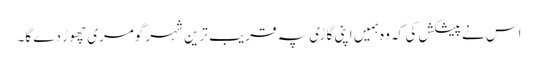
اس نے پیشکش کی کہ وہ ہمیں اپنی گاڑی پہ قریب ترین شہر گومری چھوڑ دے گا۔